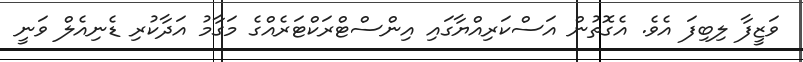
ވަޒީފާ ލިބިފަ އެވެ. އެގޮތުން އަސްކަރިއްޔާގައި އިންސްޓްރަކްޓަރެއްގެ މަގާމު އަދާކުރި ޑެނިއެލް ވަނީ